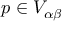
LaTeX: p \in V _ { \alpha \beta }